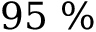
9 5 \ \%